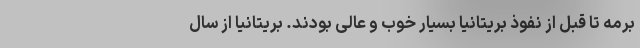
برمه تا قبل از نفوذ بریتانیا بسیار خوب و عالی بودند. بریتانیا از سال